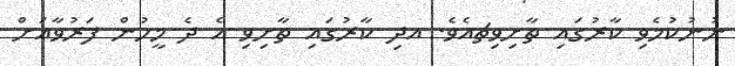
ނުނުކުމެވި ކާރުގައި ތާށިވިޗއެވެ. އދި ކާރުގައި ތާށިވި އެ ދެ މީހުން ފަރުވާއަށް